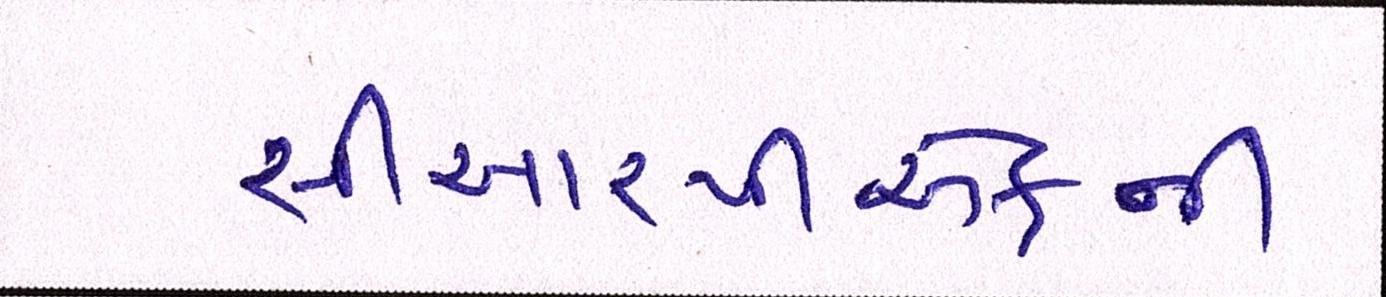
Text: સીઆરપીએફની